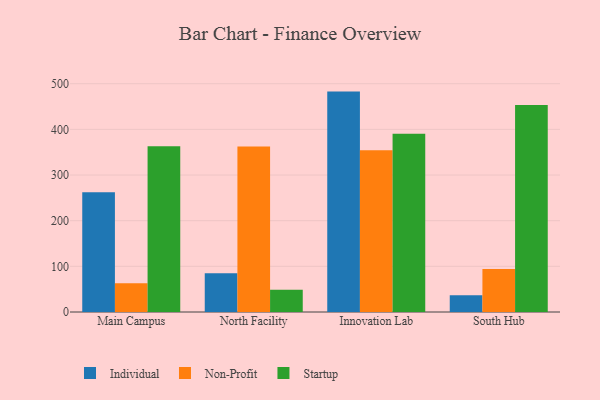
{"axis": {"x": "Campus", "y": "Production Output"}, "legend": ["Individual", "Non-Profit", "Startup"], "data": [{"x": "Main Campus", "y": 262.4, "type": "Individual"}, {"x": "Main Campus", "y": 62.8, "type": "Non-Profit"}, {"x": "Main Campus", "y": 362.8, "type": "Startup"}, {"x": "North Facility", "y": 85.1, "type": "Individual"}, {"x": "North Facility", "y": 362.5, "type": "Non-Profit"}, {"x": "North Facility", "y": 48.9, "type": "Startup"}, {"x": "Innovation Lab", "y": 482.7, "type": "Individual"}, {"x": "Innovation Lab", "y": 354.4, "type": "Non-Profit"}, {"x": "Innovation Lab", "y": 390.5, "type": "Startup"}, {"x": "South Hub", "y": 36.5, "type": "Individual"}, {"x": "South Hub", "y": 94.2, "type": "Non-Profit"}, {"x": "South Hub", "y": 453.3, "type": "Startup"}]}